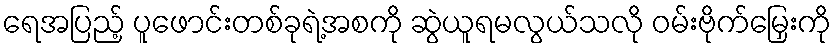
ရေအပြည့် ပူဖောင်းတစ်ခုရဲ့အစကို ဆွဲယူရမလွယ်သလို ဝမ်းဗိုက်မြှေးကို